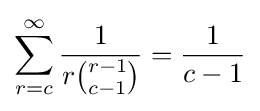
\sum _{r=c}^{\infty }{\frac {1}{r{r-1 \choose c-1}}}={\frac {1}{c-1}}